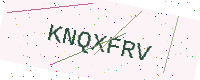
Text: KNQXFRV